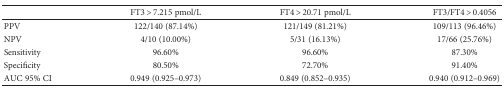
<table><thead><tr><td></td><td><b>FT3 &gt; 7.215 pmol/L</b></td><td><b>FT4 &gt; 20.71 pmol/L</b></td><td><b>FT3/FT4 &gt; 0.4056</b></td></tr></thead><tbody><tr><td>PPV</td><td>122/140 (87.14%)</td><td>121/149 (81.21%)</td><td>109/113 (96.46%)</td></tr><tr><td>NPV</td><td>4/10 (10.00%)</td><td>5/31 (16.13%)</td><td>17/66 (25.76%)</td></tr><tr><td>Sensitivity</td><td>96.60%</td><td>96.60%</td><td>87.30%</td></tr><tr><td>Specificity</td><td>80.50%</td><td>72.70%</td><td>91.40%</td></tr><tr><td>AUC 95% CI</td><td>0.949 (0.925–0.973)</td><td>0.849 (0.852–0.935)</td><td>0.940 (0.912–0.969)</td></tr></tbody></table>